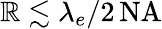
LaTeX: \mathbb{R}\lesssim\lambda_{e}/2\, \mathrm{{NA}}